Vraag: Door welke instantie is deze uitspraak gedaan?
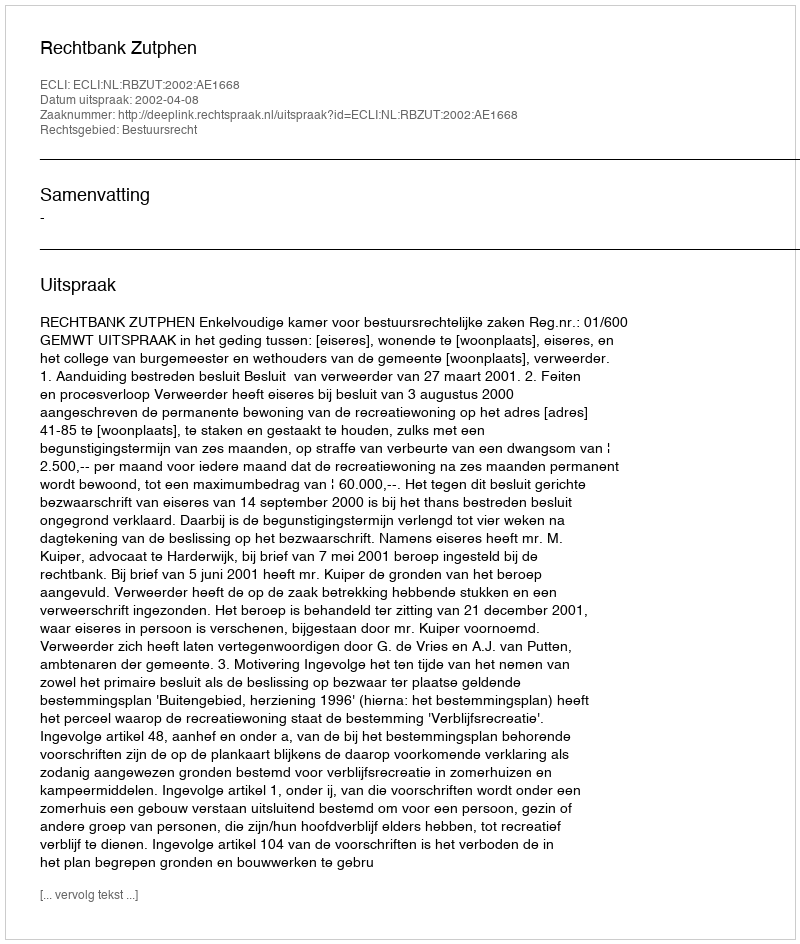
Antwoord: Rechtbank Zutphen